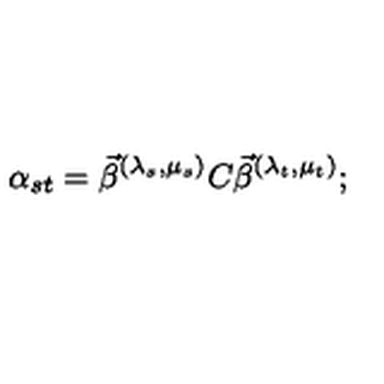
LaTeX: \alpha _ { s t } = \vec { \beta } ^ { ( \lambda _ { s } , \mu _ { s } ) } C \vec { \beta } ^ { ( \lambda _ { t } , \mu _ { t } ) } ;